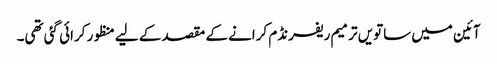
آئین میں ساتویں ترمیم ریفرنڈم کرانے کے مقصد کے لیے منظور کرائی گئی تھی۔